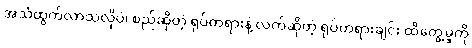
အသံထွက်လာသလိုပဲ၊ စည်ဆိုတဲ့ ရုပ်တရားနဲ့ လက်ဆိုတဲ့ ရုပ်တရားချင်း ထိတွေ့မှုကို